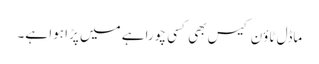
ماڈل ٹاؤن کیس بھی کسی چوراہے میں پڑا ہوا ہے۔